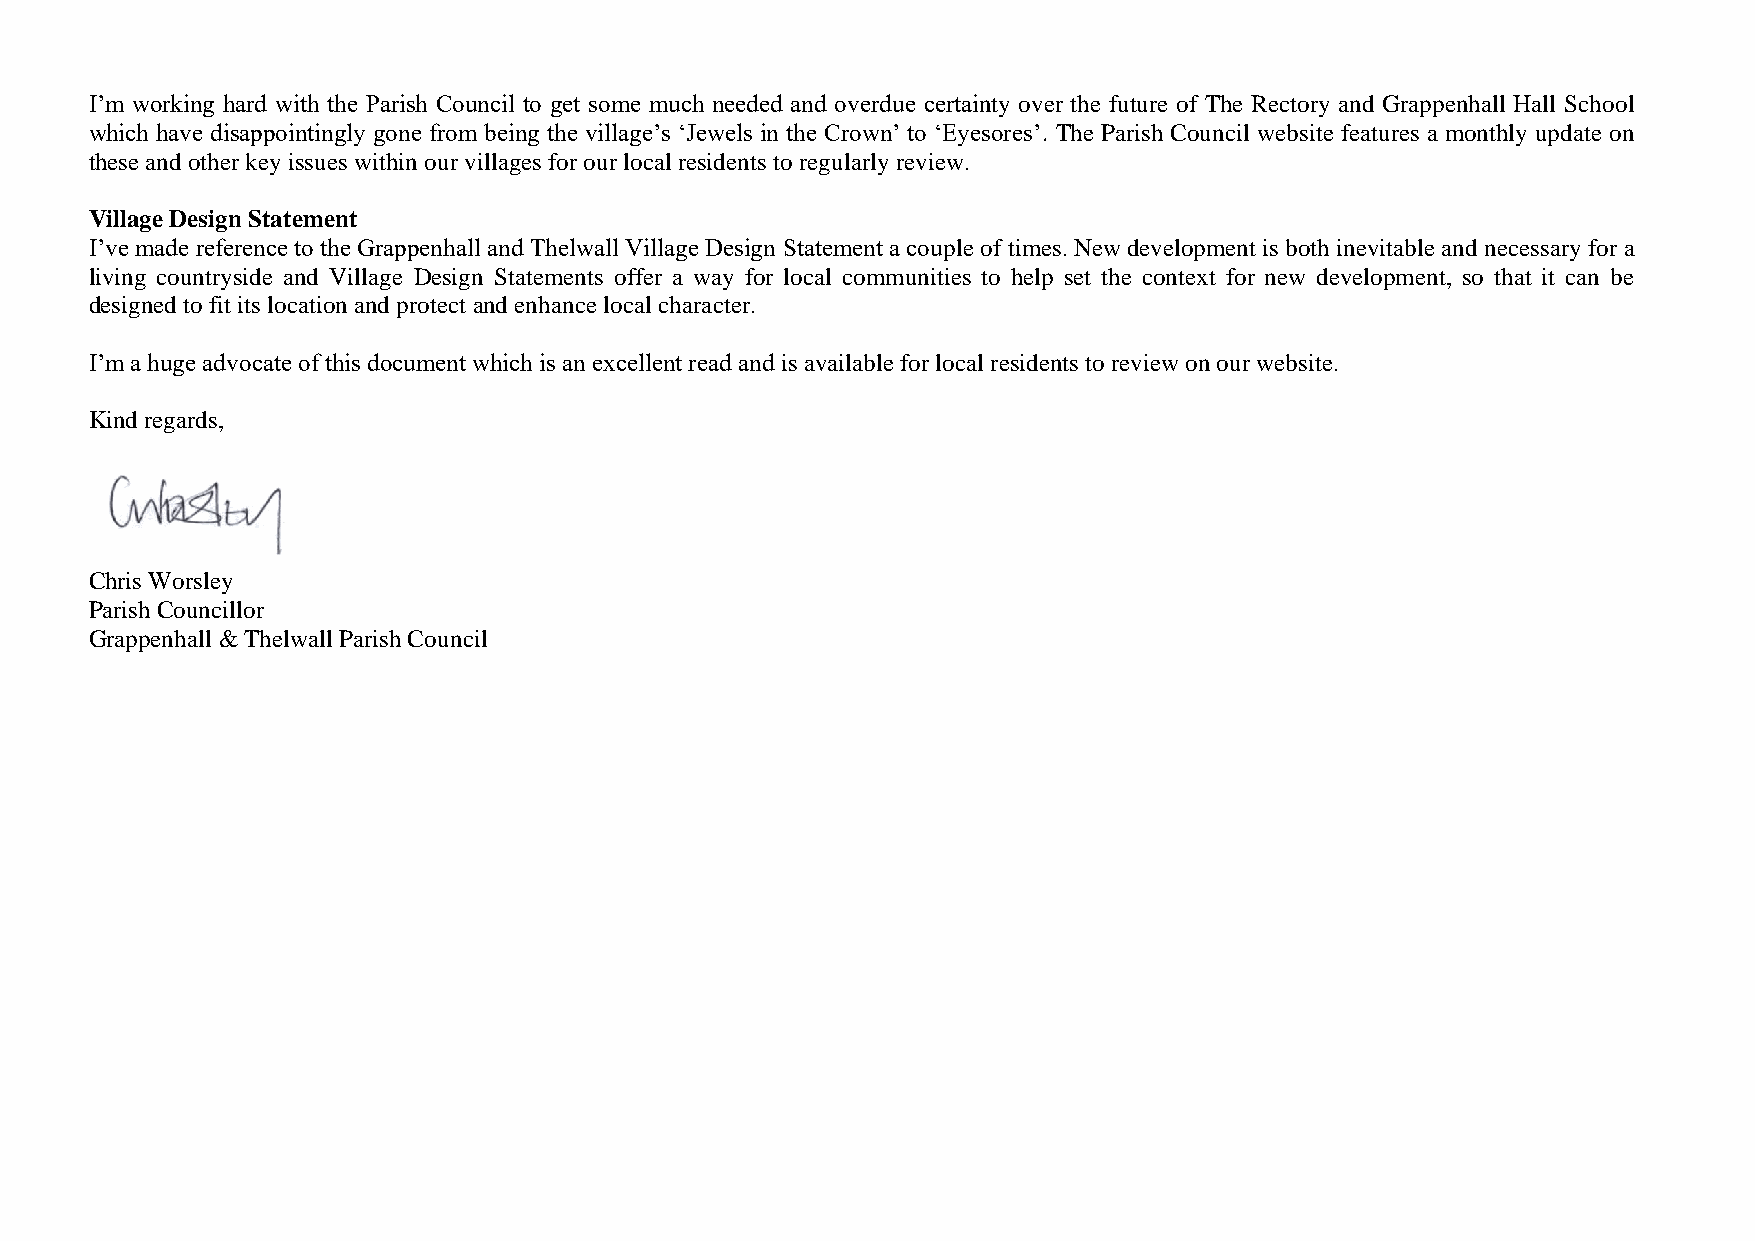
I’m working hard with the Parish Council to get some much needed and overdue certainty over the future of The Rectory and Grappenhall Hall School
 which have disappointingly gone from being the village’s ‘Jewels in the Crown’ to ‘Eyesores’. The Parish Council website features a monthly update on
 these and other key issues within our villages for our local residents to regularly review.
 Village Design Statement
 I’ve made reference to the Grappenhall and Thelwall Village Design Statement a couple of times. New development is both inevitable and necessary for a
 living countryside and Village Design Statements offer a way for local communities to help set the context for new development, so that it can be
 designed to fit its location and protect and enhance local character.
 I’m a huge advocate of this document which is an excellent read and is available for local residents to review on our website.
 Kind regards,
 Chris Worsley
 Parish Councillor
 Grappenhall & Thelwall Parish Council